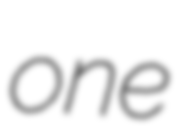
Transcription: one